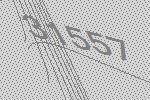
31557